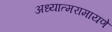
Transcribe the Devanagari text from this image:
अध्यात्मरामायणे